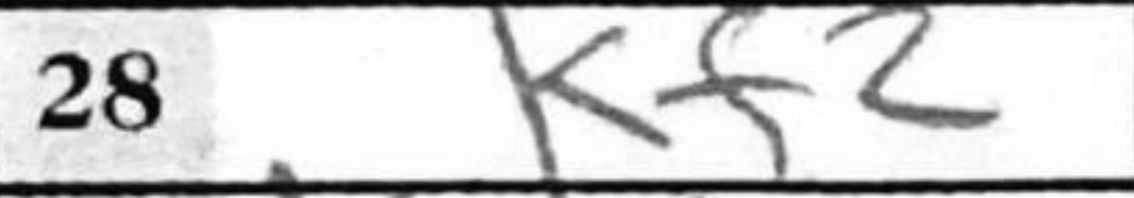
Transcription: Kf2